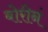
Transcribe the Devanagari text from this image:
बोरीनं